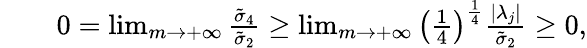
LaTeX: \begin{array}{rlr}&{}&{0=\operatorname*{lim}_{m\rightarrow+\infty}\frac{\tilde{\sigma}_{4}}{\tilde{\sigma}_{2}}\geq\operatorname*{lim}_{m\rightarrow+\infty}\left(\frac{1}{4}\right)^{\frac{1}{4}}\frac{|\lambda_{j}|}{\tilde{\sigma}_{2}}\geq 0,}\end{array}